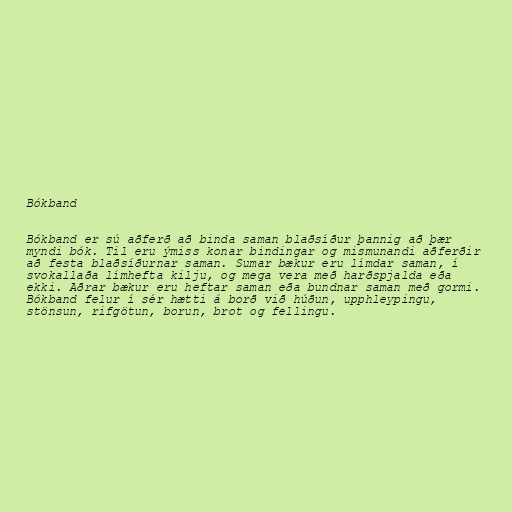
Bókband

Bókband er sú aðferð að binda saman blaðsíður þannig að þær
myndi bók. Til eru ýmiss konar bindingar og mismunandi aðferðir
að festa blaðsíðurnar saman. Sumar bækur eru límdar saman, í
svokallaða límhefta kilju, og mega vera með harðspjalda eða
ekki. Aðrar bækur eru heftar saman eða bundnar saman með gormi.
Bókband felur í sér hætti á borð við húðun, upphleypingu,
stönsun, rifgötun, borun, brot og fellingu.